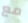
مع